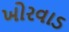
ખોરવાડ